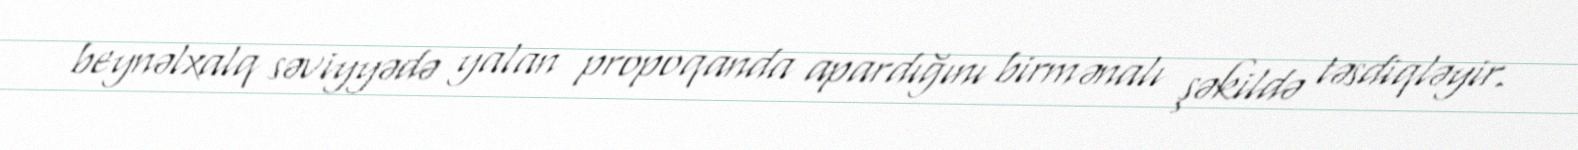
beynəlxalq səviyyədə yalan propoqanda apardığını birmənalı şəkildə təsdiqləyir.